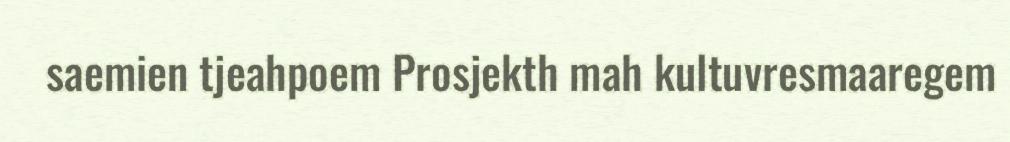
saemien tjeahpoem Prosjekth mah kultuvresmaaregem